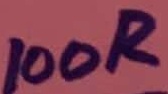
Text: 100R